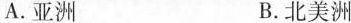
A.亚洲 B.北美洲